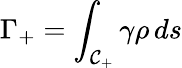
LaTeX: \Gamma_{+}=\int_{\mathcal{C}_{+}}\gamma\rho\, ds